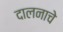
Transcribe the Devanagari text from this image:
दालनाचे